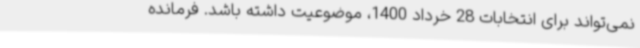
نمی‌تواند برای انتخابات 28 خرداد 1400، موضوعیت داشته باشد. فرمانده